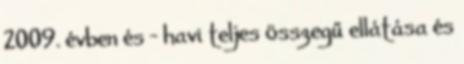
2009. évben és - havi teljes összegű ellátása és